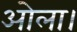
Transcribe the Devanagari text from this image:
ओला।